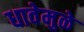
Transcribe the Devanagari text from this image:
धावेमुळे